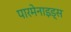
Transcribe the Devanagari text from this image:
पारमेनाइड्स